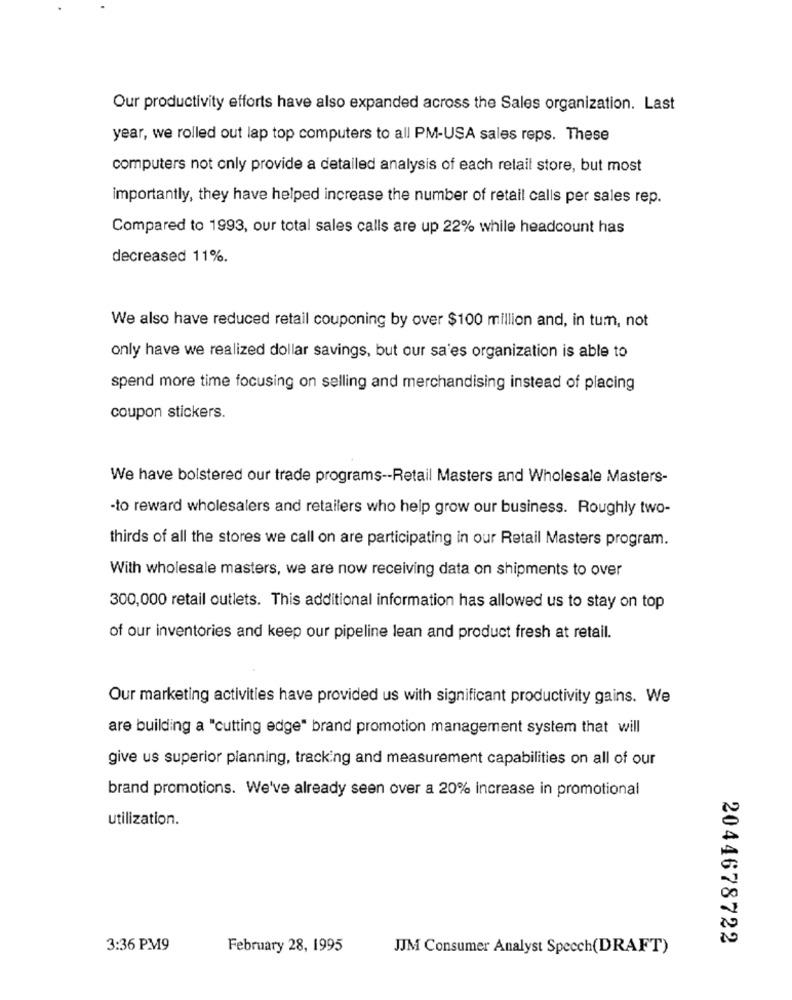
Our productivity efforts have also expanded across the Sales organization. Last
year, we rolled out lap top computers to all PM-USA sales reps. These
computers not only provide a detailed analysis of each retail store, but most
importantly, they have helped increase the number of retail calls per sales rep.
Compared to 1993, our total sales calls are up 22% while headcount has
decreased 11%.
We also have reduced retail couponing by over $100 million and, in tum, not
only have we realized dollar savings, but our sa'es organization is able to
spend more time focusing on selling and merchandising instead of placing
coupon stickers.
We have bolstered our trade programs -- Retail Masters and Wholesale Masters-
to reward wholesalers and retailers who help grow our business. Roughly two-
thirds of all the stores we call on are participating in our Retail Masters program.
With wholesale masters, we are now receiving data on shipments to over
300,000 retail outlets. This additional information has allowed us to stay on top
of our inventories and keep our pipeline lean and product fresh at retail.
Our marketing activities have provided us with significant productivity gains. We
are building a "cutting edge" brand promotion management system that will
give us superior planning, tracking and measurement capabilities on all of our
brand promotions. We've already seen over a 20% increase in promotional
utilization.
2044678722
3:36 PM9
February 28, 1995
JJM Consumer Analyst Speech(DRAFT)